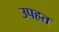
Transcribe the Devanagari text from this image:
उपहत